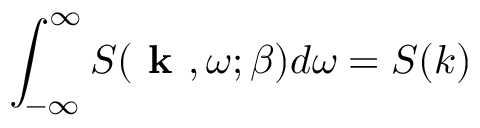
\int _ { - \infty } ^ { \infty } S ( \textbf { k } , \omega ; \beta ) d \omega = S ( k )